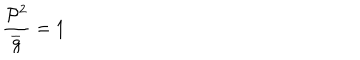
\frac { \mathcal { P } ^ { 2 } } { \overline { { { g } } } } = 1